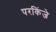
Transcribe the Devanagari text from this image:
परकिंजे